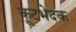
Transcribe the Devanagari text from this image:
कूटभेदक